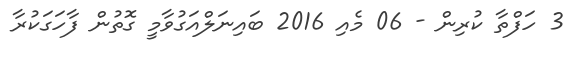
3 ހަފްތާ ކުރިން - 06 މެއި 2016 ބައިނަލްއަގުވާމީ ގޮތުން ފާހަގަކުރާ